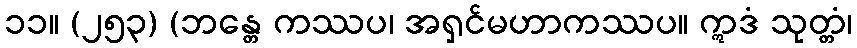
၁၁။ (၂၅၃) (ဘန္တေ ကဿပ၊ အရှင်မဟာကဿပ။ ဣဒံ သုတ္တံ၊